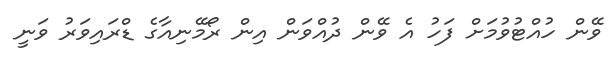
ވޭން ހުއްޓުވުމަށް ފަހު އެ ވޭން ދުއްވަން އިން ރޯމޭނިއާގެ ޑްރައިވަރު ވަނީ